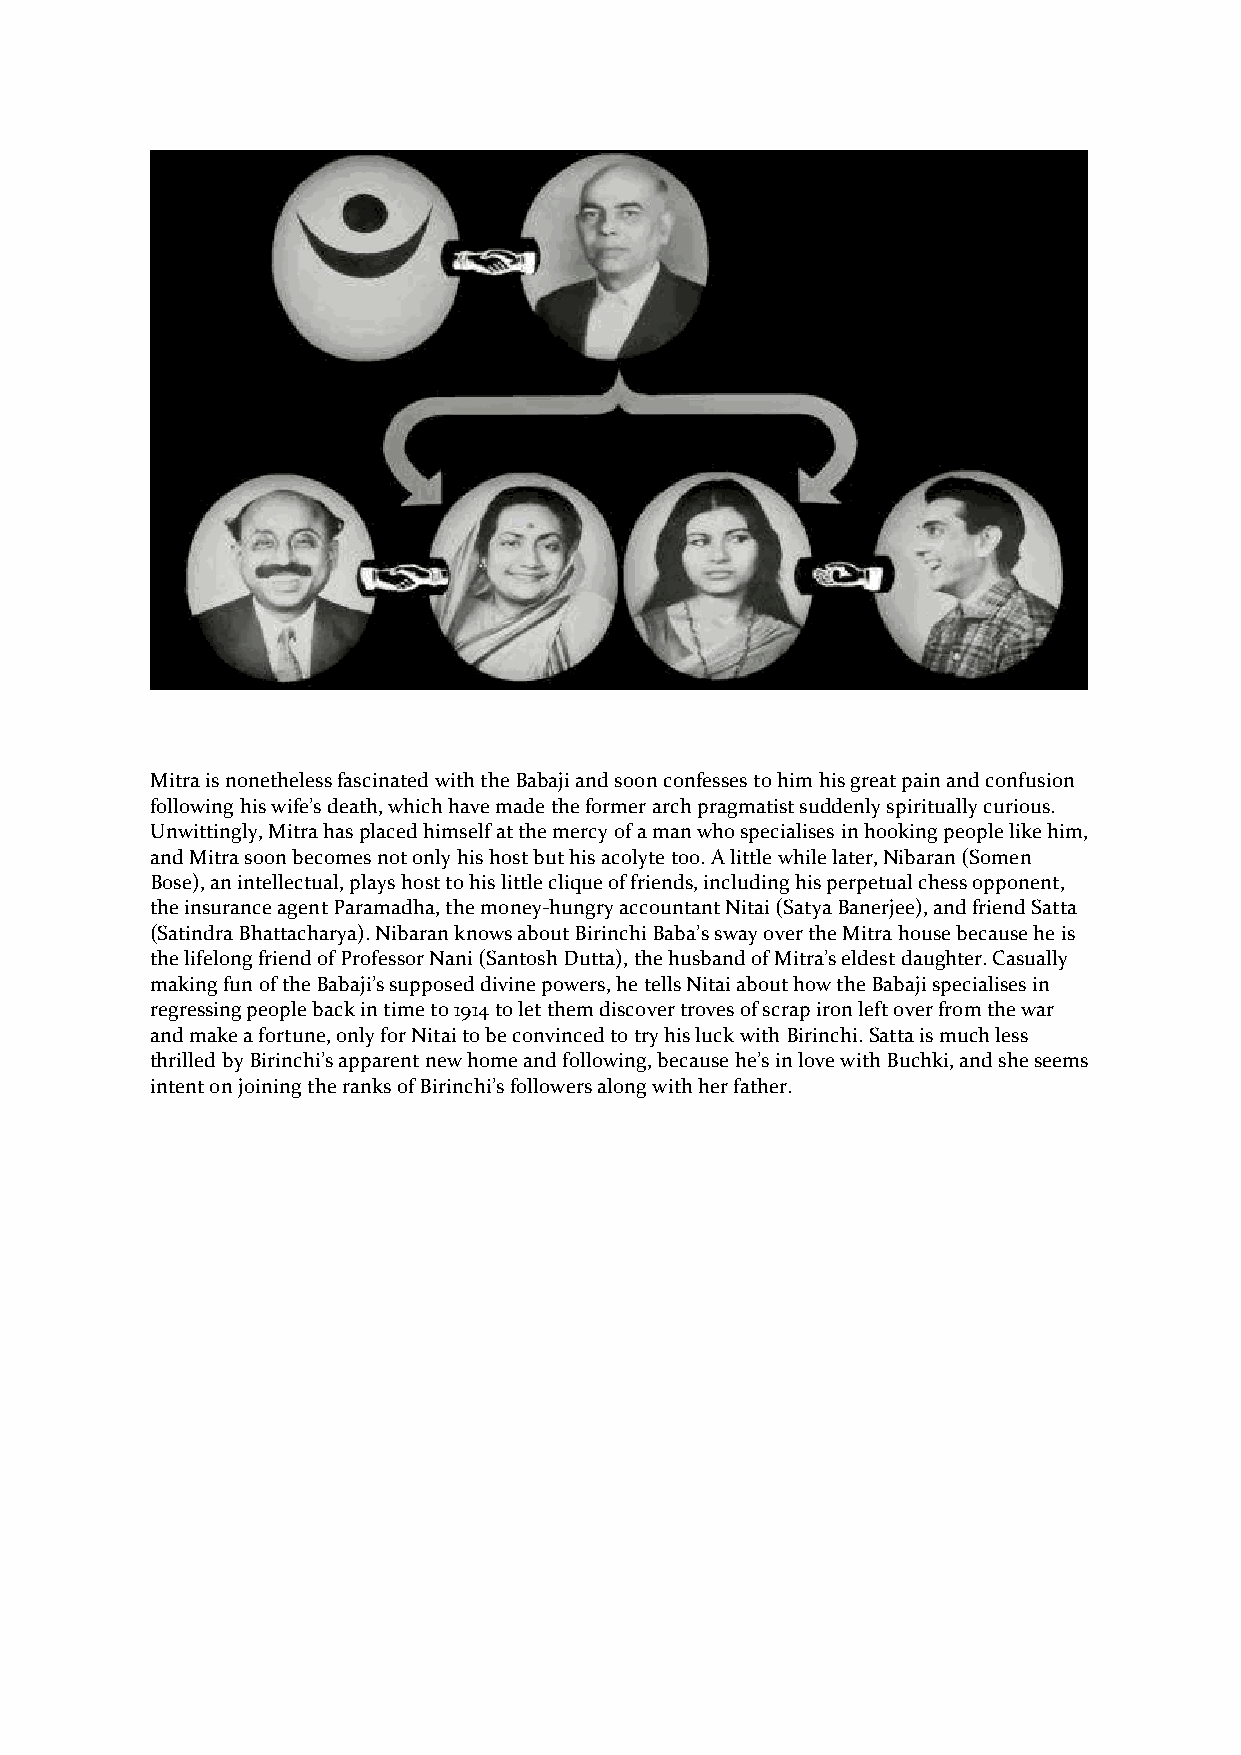
Mitra is nonetheless fascinated with the Babaji and soon confesses to him his great pain and confusion
 following his wife’s death, which have made the former arch pragmatist suddenly spiritually curious.
 Unwittingly, Mitra has placed himself at the mercy of a man who specialises in hooking people like him,
 and Mitra soon becomes not only his host but his acolyte too. A little while later, Nibaran (Somen
 Bose), an intellectual, plays host to his little clique of friends, including his perpetual chess opponent,
 the insurance agent Paramadha, the money-hungry accountant Nitai (Satya Banerjee), and friend Satta
 (Satindra Bhattacharya). Nibaran knows about Birinchi Baba’s sway over the Mitra house because he is
 the lifelong friend of Professor Nani (Santosh Dutta), the husband of Mitra’s eldest daughter. Casually
 making fun of the Babaji’s supposed divine powers, he tells Nitai about how the Babaji specialises in
 regressing people back in time to 1914 to let them discover troves of scrap iron left over from the war
 and make a fortune, only for Nitai to be convinced to try his luck with Birinchi. Satta is much less
 thrilled by Birinchi’s apparent new home and following, because he’s in love with Buchki, and she seems
 intent on joining the ranks of Birinchi’s followers along with her father.